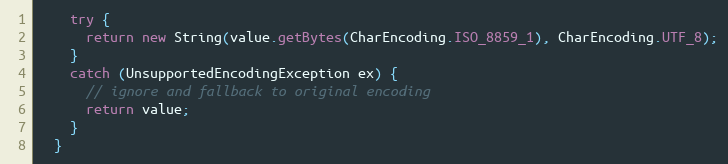
Language: Java
    try {
      return new String(value.getBytes(CharEncoding.ISO_8859_1), CharEncoding.UTF_8);
    }
    catch (UnsupportedEncodingException ex) {
      // ignore and fallback to original encoding
      return value;
    }
  }